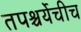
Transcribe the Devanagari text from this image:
तपश्चर्येचीच